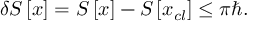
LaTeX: \delta S \left[ x \right] = S \left[ x \right] - S \left[ x _ { c l } \right] \leq \pi \hbar .